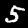
Label: 5